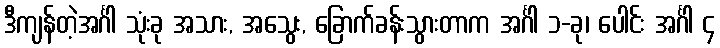
ဒီကျန်တဲ့အင်္ဂါ သုံးခု အသား, အသွေး, ခြောက်ခန်းသွားတာက အင်္ဂါ ၁-ခု၊ ပေါင်း အင်္ဂါ ၄